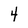
Character: 4